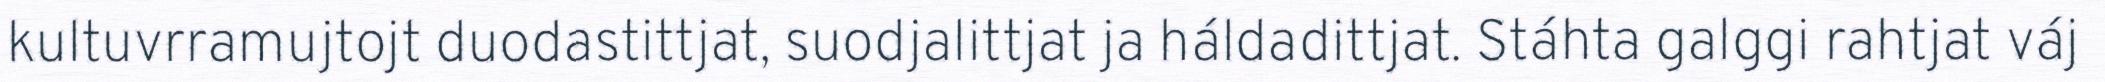
kultuvrramujtojt duodastittjat, suodjalittjat ja háldadittjat. Stáhta galggi rahtjat váj